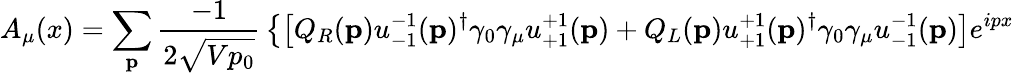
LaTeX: A_{\mu}(x)=\sum_{\mathbf{p}}{\frac{-1}{2{\sqrt{Vp_{0}}}}}\left\{ \left[Q_{R}(\mathbf{p})u_{-1}^{-1}(\mathbf{p})^{\dagger}\gamma_{0}\gamma_{\mu}u_{+1}^{+1}(\mathbf{p})+Q_{L}(\mathbf{p})u_{+1}^{+1}(\mathbf{p})^{\dagger}\gamma_{0}\gamma_{\mu}u_{-1}^{-1}(\mathbf{p})\right]e^{ipx}\right.